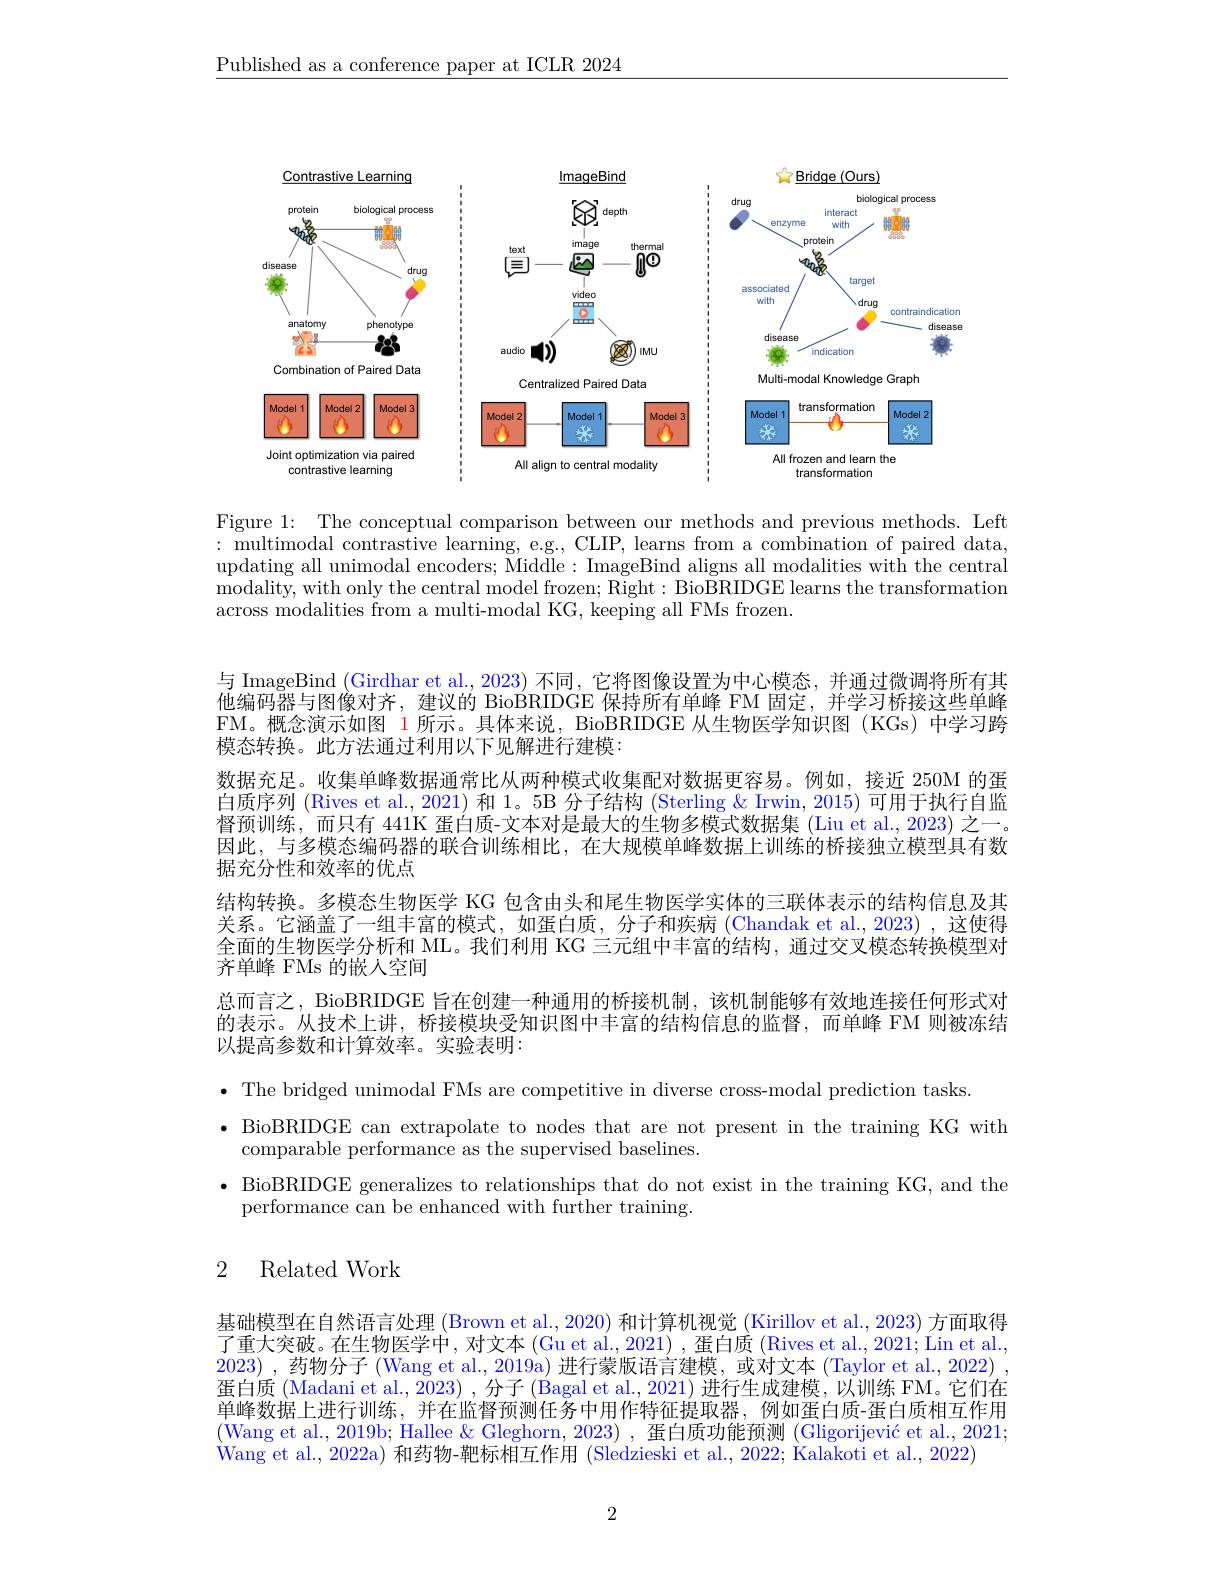
$\underline{\text{Published as a conference paper at ICLR 2024}}$

<FigureHere>

<FigureHere>

<FigureHere>

Figure 1: The conceptual comparison between our methods and previous methods. Left : multimodal contrastive learning, e.g., CLIP, learns from a combination of paired data updating all unimodal encoders; Middle: ImageBind aligns all modalities with the central modality, with only the central model frozen; Right: BioBRIDGE learns the transformation across modalities from a multi-modal KG, keeping all FMs frozen.

与 ImageBind (Girdhar et al., 2023) 不同，它将图像设置为中心模态，并通过微调将所有其他编码器与图像对齐，建议的 BioBRIDGE 保持所有单峰 FM 固定，并学习桥接这些单峰FM。概念演示如图 1 所示。具体来说，BioBRIDGE 从生物医学知识图 (KGs) 中学习跨模态转换。此方法通过利用以下见解进行建模：
数据充足。收集单峰数据通常比从两种模式收集配对数据更容易。例如，接近 250M 的蛋白质序列 (Rives et al., 2021) 和1。5B 分子结构 (Sterling & Irwin, 2015) 可用于执行自监督预训练，而只有 441K 蛋白质-文本对是最大的生物多模式数据集 (Liu et al.,2023) 之一。因此，与多模态编码器的联合训练相比，在大规模单峰数据上训练的桥接独立模型具有数据充分性和效率的优点
结构转换。多模态生物医学 KG 包含由头和尾生物医学实体的三联体表示的结构信息及其关系。它涵盖了一组丰富的模式，如蛋白质，分子和疾病 (Chandak et al.,2023) ,这使得全面的生物医学分析和 ML。我们利用 KG 三元组中丰富的结构，通过交叉模态转换模型对齐单峰 FMs 的嵌人空间
总而言之，BioBRIDGE 旨在创建一种通用的桥接机制，该机制能够有效地连接任何形式对的表示。从技术上讲，桥接模块受知识图中丰富的结构信息的监督，而单峰 FM 则被冻结以提高参数和计算效率。实验表明：
$\bullet$ The bridged unimodal FMs are competitive in diverse cross-modal prediction tasks.
· BioBRIDGE can extrapolate to nodes that are not present in the training KG with
comparable performance as the supervised baselines.
$\bullet$ BioBRIDGE generalizes to relationships that do not exist in the training KG, and the
performance can be enhanced with further training.

# 2 Related Work

基础模型在自然语言处理 (Brown et al., 2020) 和计算机视觉 (Kirillov et al., 2023) 方面取得了重大突破。在生物医学中，对文本(Gu et al., 2021) ,蛋白质 (Rives et al., 2021; Lin et al. 2023) ,药物分子 (Wang et al., 2019a) 进行蒙版语言建模，或对文本 (Taylor et al., 2022) , 蛋白质 (Madani et al., 2023) , 分子 (Bagal et al., 2021) 进行生成建模，以训练 FM。它们在单峰数据上进行训练，并在监督预测任务中用作特征提取器，例如蛋白质-蛋白质相互作用(Wang et al., 2019b; Hallee & Gleghorn, 2023) , 蛋白质功能预测 (Gligorijević et al., 2021; Wang et al., 2022a) 和药物-靶标相互作用 (Sledzieski et al., 2022; Kalakoti et al., 2022)

2